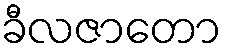
ခီလဇာတော